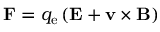
\mathbf { F } = q _ { \mathrm { e } } \left( \mathbf { E } + \mathbf { v } \times \mathbf { B } \right)